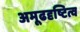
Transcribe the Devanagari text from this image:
अमूढदृष्टित्व